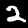
Digit: 2